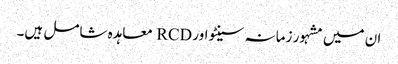
ان میں مشہور زمانہ سینٹو اور RCD معاہدہ شامل ہیں۔